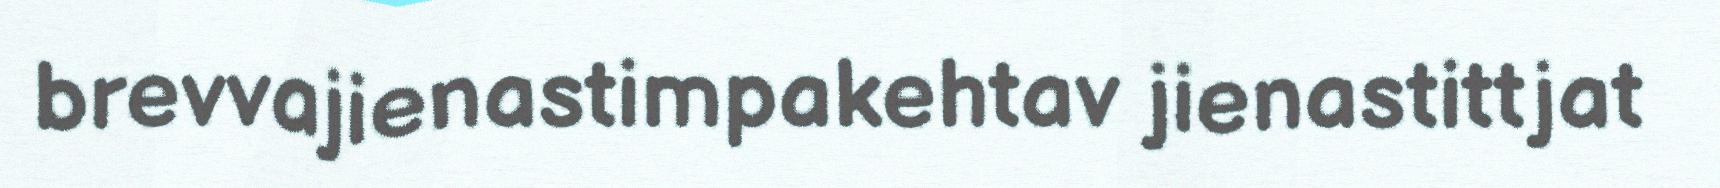
brevvajienastimpakehtav jienastittjat